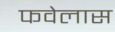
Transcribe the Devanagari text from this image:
फवेलास